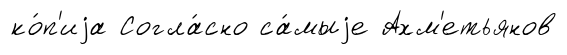
ко́п'иjа Согла́сно са́мыjе Ахм'етьянов